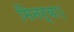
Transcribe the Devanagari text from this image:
मिनर्वा।